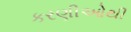
કરણીઓથી